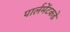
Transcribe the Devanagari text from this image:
पार्लमेंटकडे